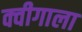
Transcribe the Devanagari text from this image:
क्वीगाला